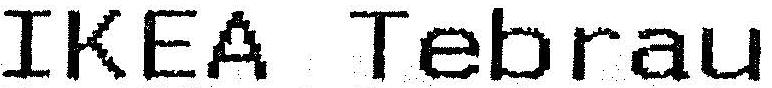
IKEA TEBRAU